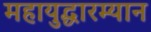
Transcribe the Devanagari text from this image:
महायुद्धारम्यान